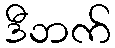
ဒီဘက်